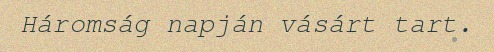
Háromság napján vásárt tart.